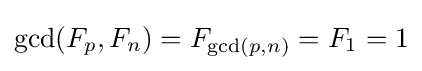
\gcd(F_{p},F_{n})=F_{\gcd(p,n)}=F_{1}=1